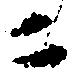
ニ